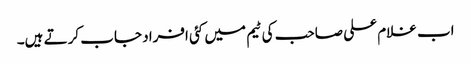
اب غلام علی صاحب کی ٹیم میں کئی افراد جاب کرتے ہیں۔